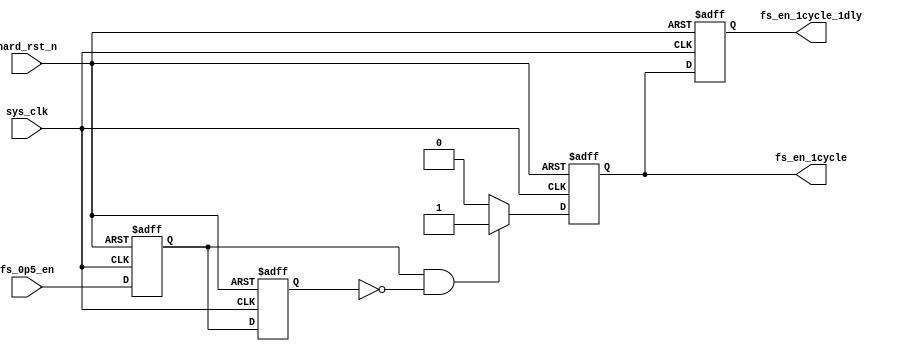
`timescale 1ns / 1ps
module fs_transform(
input	          							hard_rst_n,// modified by 2014.09.22
input                  					    sys_clk,
input                  					    fs_0p5_en,
output  reg                                fs_en_1cycle,
output  reg                                fs_en_1cycle_1dly
);

reg                                         fs_0p5_en_1dly;
reg                                         fs_0p5_en_2dly;

always @(posedge sys_clk or negedge hard_rst_n)begin
	if(~hard_rst_n)begin
		fs_0p5_en_1dly <=  0;
		fs_0p5_en_2dly <=  0;
	end
	else begin
	   fs_0p5_en_1dly <=  fs_0p5_en;
       fs_0p5_en_2dly <=  fs_0p5_en_1dly;
	end
end

// assign fs_en_1cycle = (fs_0p5_en_1dly ==  1)&&(fs_0p5_en_2dly == 0);

always @(posedge sys_clk or negedge hard_rst_n)begin
	if(~hard_rst_n)begin
		fs_en_1cycle <=  0;
	end
	else if((fs_0p5_en_1dly ==  1)&&(fs_0p5_en_2dly == 0))begin
	   fs_en_1cycle <=  1;
	end
	else begin
	   fs_en_1cycle <=  0;
	end
end

always @(posedge sys_clk or negedge hard_rst_n)begin
	if(~hard_rst_n)begin
		fs_en_1cycle_1dly <=  0;
	end
	else begin
	   fs_en_1cycle_1dly <=  fs_en_1cycle;
	end
end

endmodule